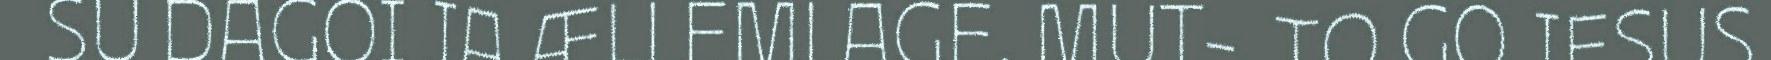
SU DAGOI JA ÆLLEMLAGE. MUT-. TO GO JESUS